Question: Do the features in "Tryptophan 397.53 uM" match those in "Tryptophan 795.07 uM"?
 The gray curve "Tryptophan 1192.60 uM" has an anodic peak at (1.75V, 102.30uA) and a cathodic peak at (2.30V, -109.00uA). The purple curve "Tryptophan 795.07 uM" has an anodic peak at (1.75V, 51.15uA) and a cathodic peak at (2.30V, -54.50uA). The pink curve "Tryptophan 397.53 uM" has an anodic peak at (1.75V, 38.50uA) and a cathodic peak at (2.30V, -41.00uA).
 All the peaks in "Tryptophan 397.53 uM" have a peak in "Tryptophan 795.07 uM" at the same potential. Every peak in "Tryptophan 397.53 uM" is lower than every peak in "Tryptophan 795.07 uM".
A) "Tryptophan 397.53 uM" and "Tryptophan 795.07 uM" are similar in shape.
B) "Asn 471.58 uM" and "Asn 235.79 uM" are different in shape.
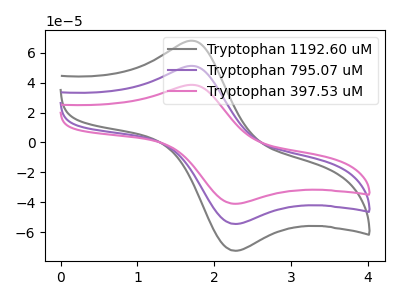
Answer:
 <answer>A) "Tryptophan 397.53 uM" and "Tryptophan 795.07 uM" are similar in shape.</answer>
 <eval>A</eval>